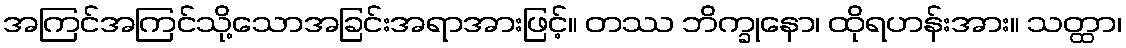
အကြင်အကြင်သို့သောအခြင်းအရာအားဖြင့်။ တဿ ဘိက္ခုနော၊ ထိုရဟန်းအား။ သတ္ထာ၊